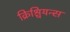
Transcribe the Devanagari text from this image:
क्रिश्चियन्स